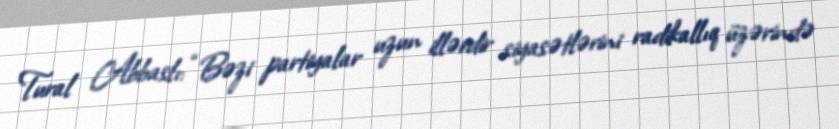
Tural Abbaslı: “Bəzi partiyalar uzun illərdir siyasətlərini radikallıq üzərində